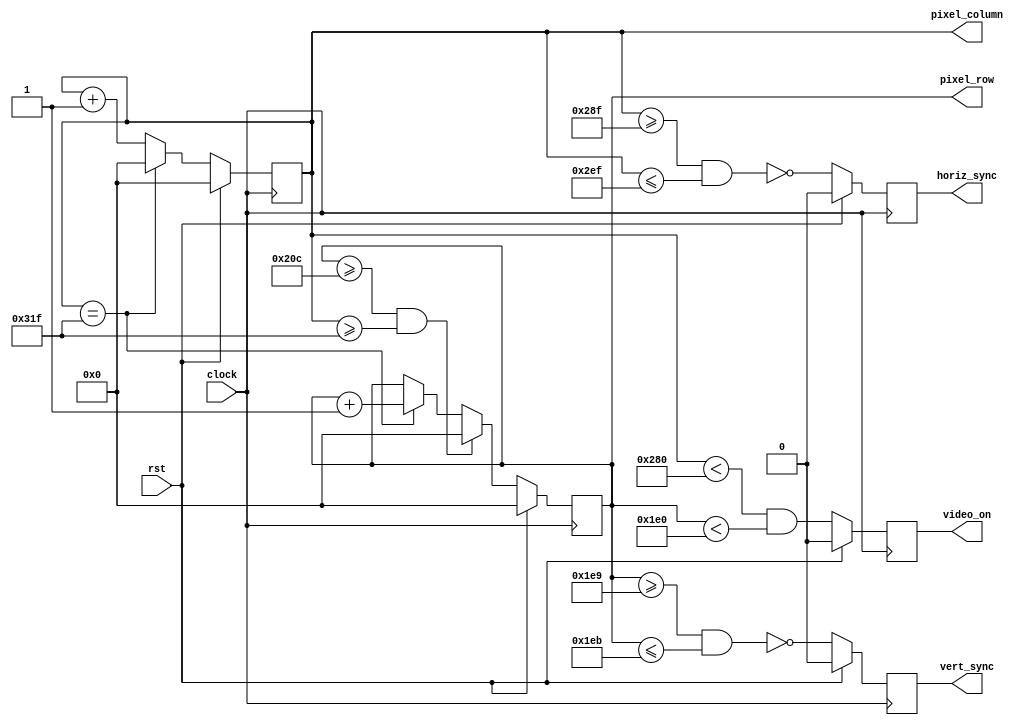
//	dtg.v - Horizontal & Vertical Display Timing & Sync generator for VESA timing
//	1024 * 768 working
//	Version:		2.0	
//	
//	 Revision History
//	 ----------------
//	 02-Feb-06		JDL	Added video_on output; simplified counter logic
//	 25-Oct-12		Modified for kcpsm6 and Nexys3
//   20-Sep-17		Modified the design, to produce signals for 1024*768 resolution
//
//	Description:
//	------------
//	 This circuit provides pixel location and horizontal and 
//	 vertical sync for a 1024 x 768 video image. 
//	
//	 Inputs:
//			clock           - 75MHz Clock
//			rst             - Active-high synchronous reset
//	 Outputs:
//			horiz_sync_out	- Horizontal sync signal to display
//			vert_sync_out	- Vertical sync signal to display
//			Pixel_row		- (12 bits) current pixel row address
//			Pixel_column	- (12 bits) current pixel column address
//			video_on        - 1 = in active video area; 0 = blanking;
//			
//////////

module dtg(
	input				clock, rst,
	output	reg			horiz_sync, vert_sync, video_on,		
	output	reg	[11:0]	pixel_row, pixel_column
);

// Timing parameters (for 75MHz pixel clock and 1024 x 768 display)

//65.0 1024 1048 1184 1344 768 771 777 806 
//75.0 1024 1048 1184 1328 768 771 777 806 

// Timing parameters (for 640 x 480 @ 60Hz)
//

parameter
		HORIZ_PIXELS = 640,   HCNT_MAX  = 799, 		
		HSYNC_START  = 655,   HSYNC_END =  751,

		VERT_PIXELS  = 480,  VCNT_MAX  = 524,
		VSYNC_START  = 489,  VSYNC_END = 491;
			
// generate video signals and pixel counts
always @(posedge clock) begin
	if (rst) begin
		pixel_column <= 0;
		pixel_row    <= 0;
		horiz_sync   <= 0;
		vert_sync    <= 0;
		video_on     <= 0;
	end
	else begin
		// increment horizontal sync counter.  Wrap if at end of row
		if (pixel_column == HCNT_MAX)	
			pixel_column <= 12'd0;
		else	
			pixel_column <= pixel_column + 12'd1;
			
		// increment vertical sync ounter.  Wrap if at end of display.  Increment if end of row
		if ((pixel_row >= VCNT_MAX) && (pixel_column >= HCNT_MAX))
			pixel_row <= 12'd0;
		else if (pixel_column == HCNT_MAX)
			pixel_row <= pixel_row + 12'd1;
									
		// generate active-low horizontal sync pulse
		horiz_sync <=  ~((pixel_column >= HSYNC_START) && (pixel_column <= HSYNC_END));
			
		// generate active-low vertical sync pulse
		vert_sync <= ~((pixel_row >= VSYNC_START) && (pixel_row <= VSYNC_END));
			
		// generate the video_on signals and the pixel counts
		video_on <= ((pixel_column < HORIZ_PIXELS) && (pixel_row < VERT_PIXELS));
	end
	
	
end // always
	
endmodule